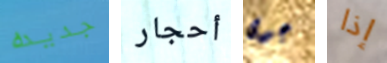
جديده أحجار جوى إذا